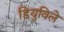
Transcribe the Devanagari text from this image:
डियुविले